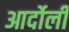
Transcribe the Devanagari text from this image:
आर्दोली